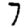
Digit: 7